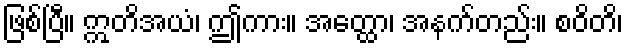
ဖြစ်ပြီ။ ဣတိအယံ၊ ဤကား။ အတ္ထော၊ အနက်တည်း။ စဝိတိ၊